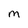
Character: M